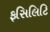
ફસિલિટિ